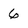
Character: 6